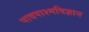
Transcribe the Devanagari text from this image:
पादपाश्मविज्ञान